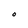
Character: O